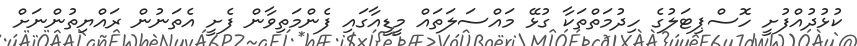
ކުޅުދުއްފުށީ ހޮސްޕިޓަލުގެ ހިދުމަތްތަކާ ގުޅޭ މައްސަލަތައް މީޑީއާގައި ފެންމަތިވާން ފެށީ އެތަނުން ރައްޔިތުންނަށް